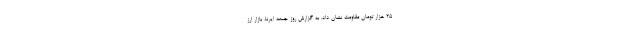
۲۵ هزار تومان مقاومت نشان داد. به گزارش روز جمعه ایرنا، بازار ارز